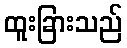
ထူးခြားသည်